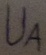
Text: UA